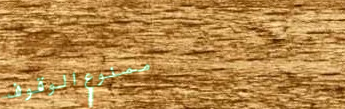
ممنوع الوقوف